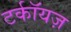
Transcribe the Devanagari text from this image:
टर्कॉयज़